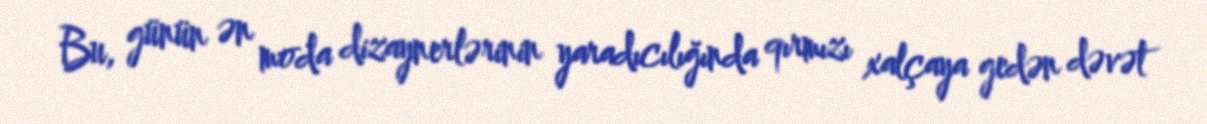
Bu, günün ən moda dizaynerlərinin yaradıcılığında qırmızı xalçaya gedən dəvət